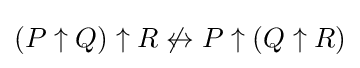
(P\uparrow Q)\uparrow R\not \leftrightarrow P\uparrow (Q\uparrow R)